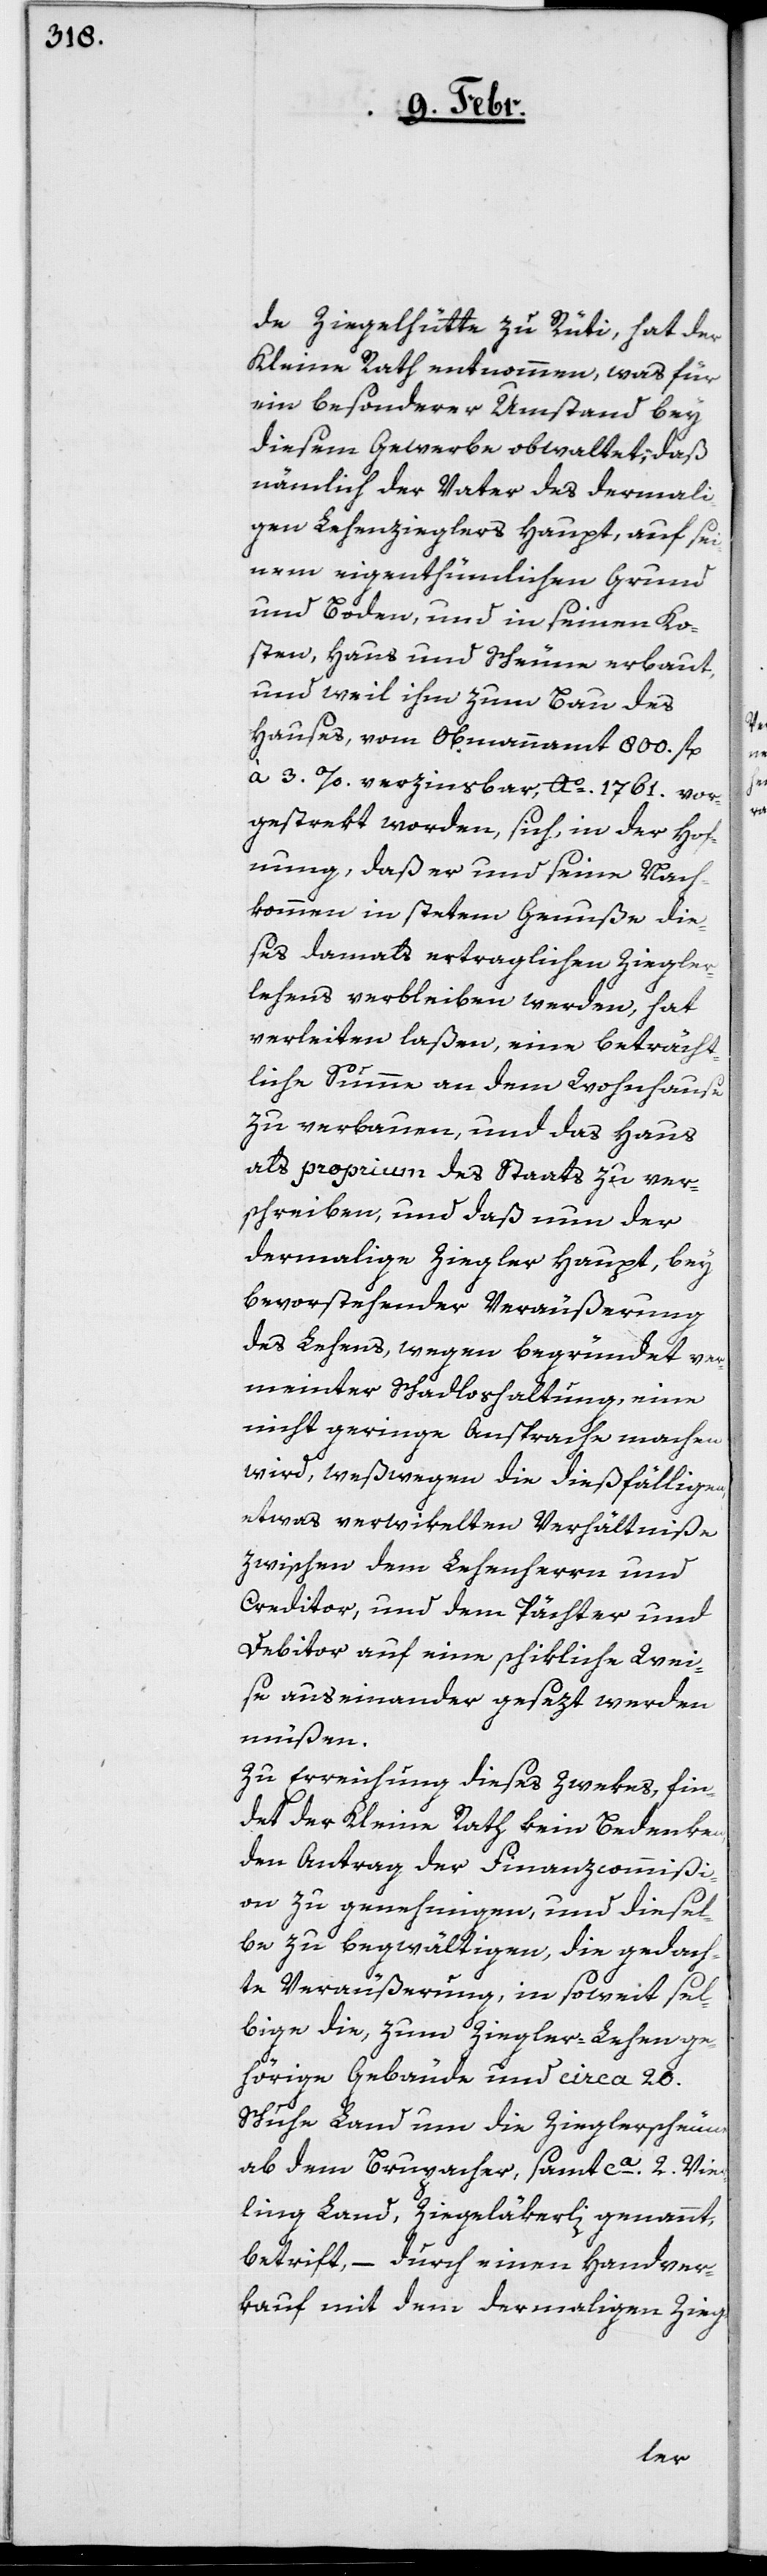
de Ziegelhütte zu Rüti, hat der
Kleine Rath entnommen, was für
ein besonderer Umstand bey
diesem Gewerbe obwaltet, daß
nämlich der Vater des dermali¬
gen Lehenzieglers Haupt, auf sei¬
nem eigenthümlichen Grund
und Boden, und in seinen Ko¬
sten, Haus und Scheune erbaut,
und weil ihm zum Bau des
Hauses, vom Obmannamt 800. fl.
à 3. %. verzinsbar, Ao. 1761. vor¬
gestrekt worden, sich, in der Hof¬
nung, daß er und seine Nach¬
kommen in stetem Genuße die¬
ses damals vertraglichen Ziegler¬
lehens verbleiben werden, hat
verleiten laßen, eine beträcht¬
liche Summe an dem Wohnhause
zu erbauen, und das Haus
als proprium des Staats zu ver¬
schreiben, und daß nun der
dermalige Ziegler Haupt, bey
bevorstehender Veräußerung
des Lehens, wegen begründet ver¬
meinter Schadloshaltung, eine
nicht geringe Ansprache machen
wird, weßwegen die dießfälligen,
etwas verwikelten Verhältniße
zwischen dem Lehenherrn und
Creditor, und dem Pächter und
Debitor auf eine schikliche Wei¬
se auseinander gesezt werden
müßen.
Zu Erreichung dieses Zwekes, fin¬
det der Kleine Rath kein Bedenken,
den Antrag der Finanzcommißi¬
on zu genehmigen, und diesel¬
be zu begwältigen, die gedach¬
te Veräußerung, in soweit sel¬
bige die, zum Ziegler-Lehen ge¬
hörige Gebäude und circa 20.
Schuhe Land um die Zieglerscheune
ab dem Brupacher, samt ca. 2. Vier¬
ling Land, Ziegeläkerli genannt,
betrift, – durch einen Handver¬
kauf mit dem dermaligen Zieg-